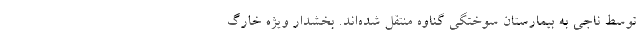
توسط ناجی به بیمارستان سوختگی گناوه منتقل شده‌اند. بخشدار ویژه خارگ